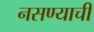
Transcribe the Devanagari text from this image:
नसण्याची